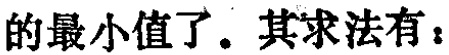
的最小值了. 其求法有：